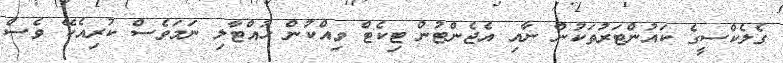
ގެލެކްސީގެ ކައުންޓަރުތަކުން ނާއި އެޖެންޓުން ޓިކެޓް ވިއްކުން ހުއްޓާލި ނަމަވެސް ކުރިއެކޭ ވެސް